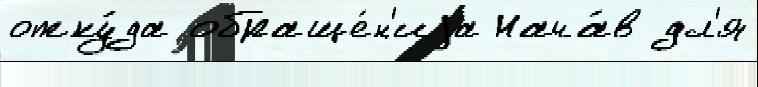
отку́да обраще́н'иjа Нача́в дл'я